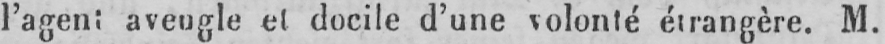
l’agent aveugle et docile d’une volonté étrangère. M.